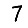
Digit: 7